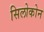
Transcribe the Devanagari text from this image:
सिलोकोन